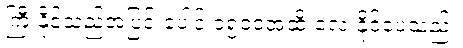
ကြီးနိုင်သည့်အပြင် ပေါင် ၁၅၀၀အထိ လေးနိုင်ပေသည်။